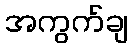
အကွက်ချ